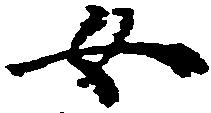
女